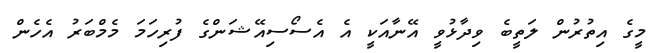
މީގެ އިތުރުން ލަތީބެ ވިދާޅުވީ އޭނާއަކީ އެ އެސޯސިއޭޝަންގެ ފުރިހަމަ މެމްބަރު އެހެން